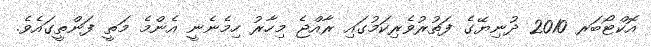
އޮކްޓޯބަރ 2010 ދުނިޔޭގެ ފަތުރުވެރިކަމުގައި ރާއްޖެ މިހާރު ހިމެނެނީ އެންމެ މަތީ ފަންތީގައެވެ.